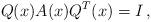
LaTeX: \begin{align*}Q(x) A(x) Q^T(x) = I\,,\end{align*}